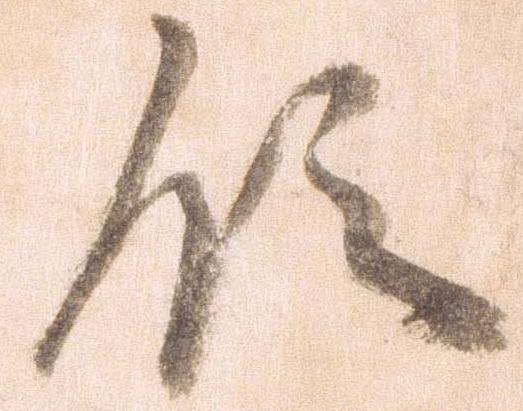
領